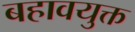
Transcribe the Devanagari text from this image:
बहावयुक्त